Indian Civil Veterinary Department memoirs
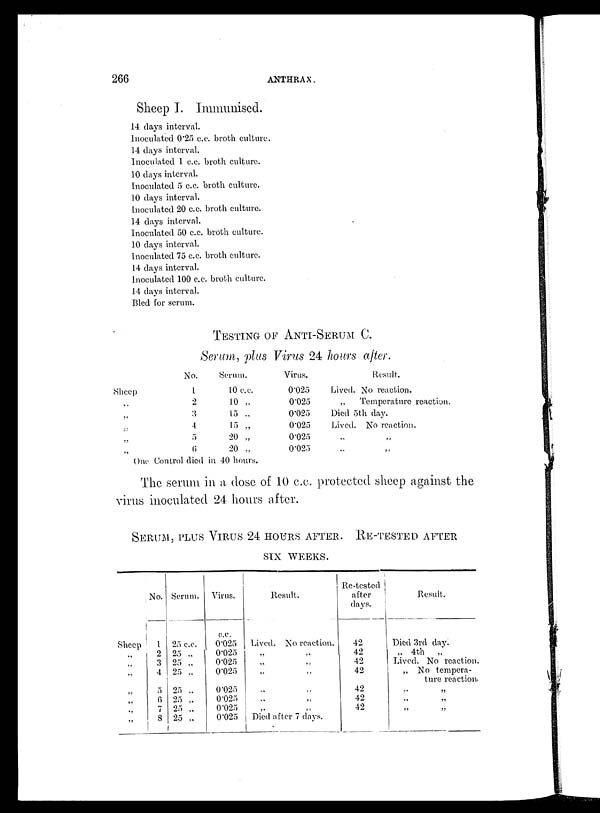
266
ANTHRAX.
Sheep I. Immunised.
14 days interval.
Inoculated 0.25 c.c. broth culture.
14 days interval.
Inoculated 1 c.c. broth culture.
10 days interval.
Inoculated 5 c.c. broth culture.
10 days interval.
Inoculated 20 c.c. broth culture.
14 days interval.
Inoculated 50 c.c. broth culture.
10 days interval.
Inoculated 75 c.c. broth culture.
14 days interval.
Inoculated 100 c.c. broth culture.
14 days interval.
Bled for serum.
TESTING OF ANTI-SERUM C.
Serum, plns Virus 24 hours alter.
Sheep
„
„
„
„
„
No.
1
2
3
4
5
6
Serum.
10 c.c.
10 „
15 „
15 „
20 „
20 „
Virus.
0.025
0.025
0.025
0.025
0.025
0.025
Result.
Lived. No reaction.
„
Temperature reaction.
Died 5th day.
Lived. No reaction.
„
„
„ „
One Control died in 40 hours.
The serum in a dose of 10 c.c. protected sheep against the
virus inoculated 24 hours after.
SEPUM, PLUS VIRUS 24 HOURS AFTER. RE-TESTED AFTER
SIX WEEKS.
Sheep
„
„
„
„
„
„
„
No.
1
2
3
4
5
6
7
8
Serum.
25 c.c.
25 „
25 „
25 „
25 „
25 „
25 „
25 „
Virus.
c.c.
0.025
0.025
0.025
0.025
0.025
0.025
0.025
0.025
Result.
Lived. No reaction.
„
„
„
„
„ „
„ „
„ „
„ „
Died after 7 days.
Re-tested
after
days.
42
42
42
42
42
42
42
Result.
Died 3rd day.
„ 4th
„
Lived. No reaction.
„ No tempera-
ture reaction.
„ „
„ „
„ „